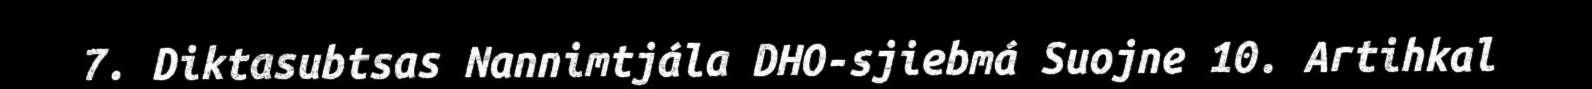
7. Diktasubtsas Nannimtjála DHO-sjiebmá Suojne 10. Artihkal